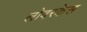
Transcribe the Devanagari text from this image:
लोवरकेस